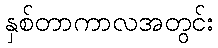
နှစ်တာကာလအတွင်း